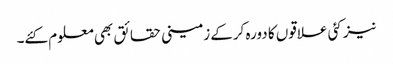
نیز کئی علاقوں کا دورہ کرکے زمینی حقائق بھی معلوم کئے۔